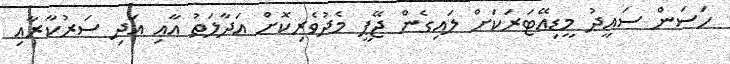
ހަސަން ސައީދު މީޑިއޭޓަރަކަށް ލައިގެން ޖޭޕީ މެދުވެރިކޮށް އަދާލަތު އާއި އަދި ސަރުކާރާއި